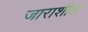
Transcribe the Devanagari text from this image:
जाराशील